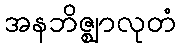
အနဘိဇ္ဈာလုတံ